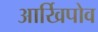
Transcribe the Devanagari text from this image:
आर्खिपोव